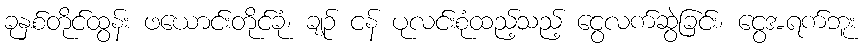
ခုနှစ်တိုင်ထွန်း ဖယောင်းတိုင်ခုံ၊ ချဉ် ငန် ပုလင်းစုံထည့်သည့် ငွေလက်ဆွဲခြင်း၊ ငွေအရက်ဘူး